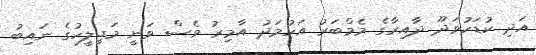
އަދި ކުޑަހުވަދޫ ދާއިރާގެ މެމްބަރު އަހުމަދު އާމިރު ވެސް ވަނީ މަޖިލީހުގެ ނައިބު